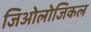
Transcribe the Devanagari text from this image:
जिओलोजिकल